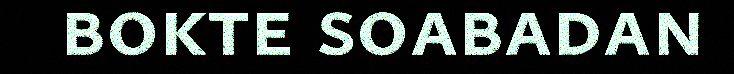
bokte soabadan